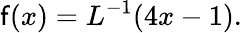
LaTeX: \mathsf{f}(x)=L^{-1}(4x-1).